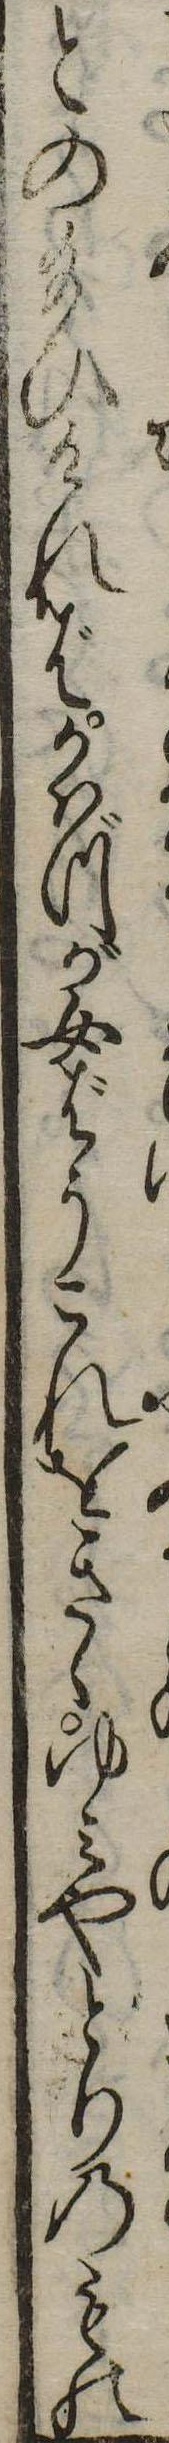
との給ひければかはづが女ばうこれをきゝゆみやとりのもの